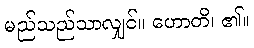
မည်သည်သာလျှင်။ ဟောတိ၊ ၏။